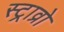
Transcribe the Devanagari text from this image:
स्ट्राव्रो